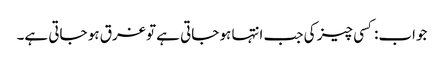
جواب:کسی چیز کی جب انتہا ہو جاتی ہے تو غرق ہو جاتی ہے۔